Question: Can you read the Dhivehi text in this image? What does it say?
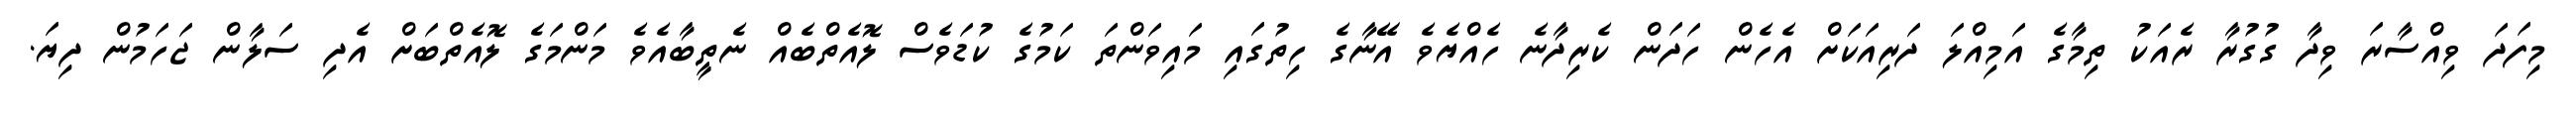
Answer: މިފަދަ ވިއްސާރަ ވިދާ ގުގުރާ ރެއަކު ތިމާގެ އަމިއްލަ ދަރިއަކަށް އެހެން ހަދަން ކެރިދާނެ ހެއްޔެވެ އޭނާގެ ހިތުގައި މައިވަންތަ ކަމުގެ ކުޑަވެސް ލޮއެތްބެއް ނެތީބާއެވެ މަންމަގެ ލޮއެތްބަށް އެދި ސަލާން ޖަހަމުން ދިޔަ.